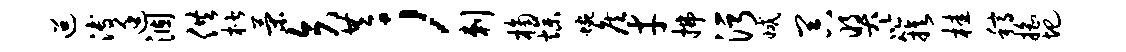
迢溥廷涸供楷策矢共；剌桷燥蜿侯才拂污减器奖以簇桂稿摇圯